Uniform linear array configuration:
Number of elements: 12
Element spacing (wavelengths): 1
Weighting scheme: hamming
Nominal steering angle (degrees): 0
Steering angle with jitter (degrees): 0.8822
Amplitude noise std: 0.05
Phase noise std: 0.05

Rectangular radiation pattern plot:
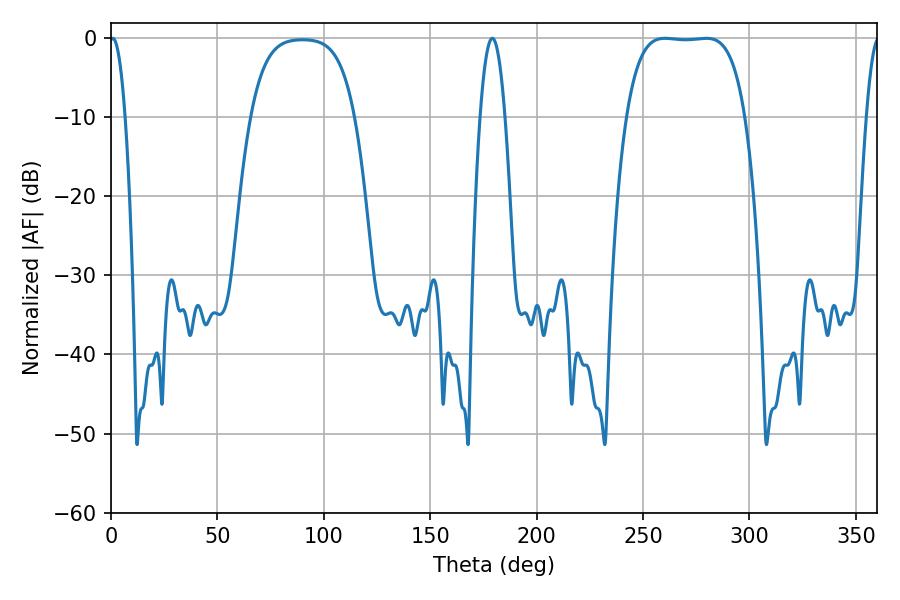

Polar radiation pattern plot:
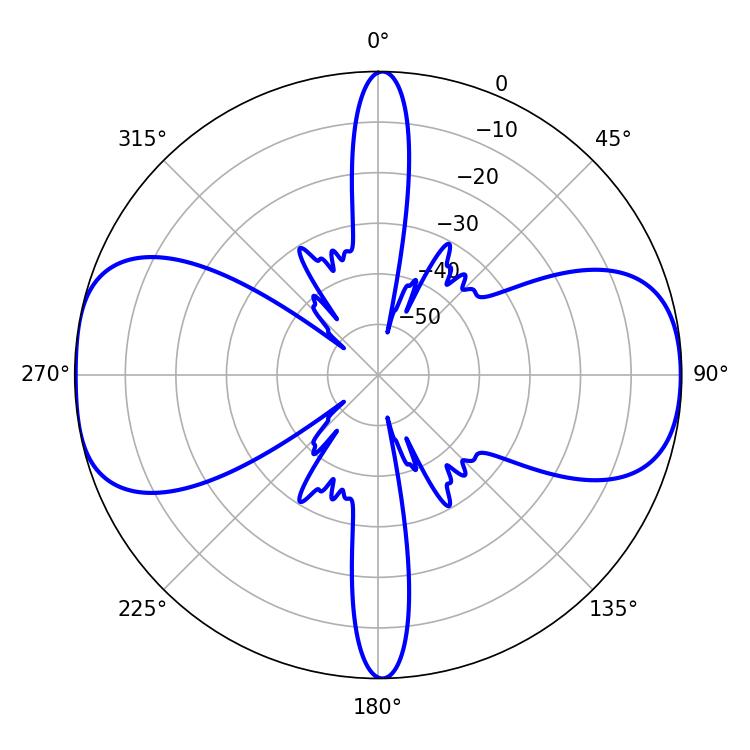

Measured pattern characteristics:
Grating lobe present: TRUE
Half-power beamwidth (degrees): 43.56
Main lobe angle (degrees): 279.72